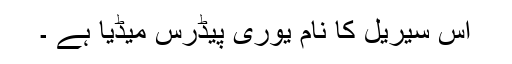
اس سیریل کا نام یوری پیڈرس میڈیا ہے ۔